Leningradi_Edasi_toimetus, lk 215
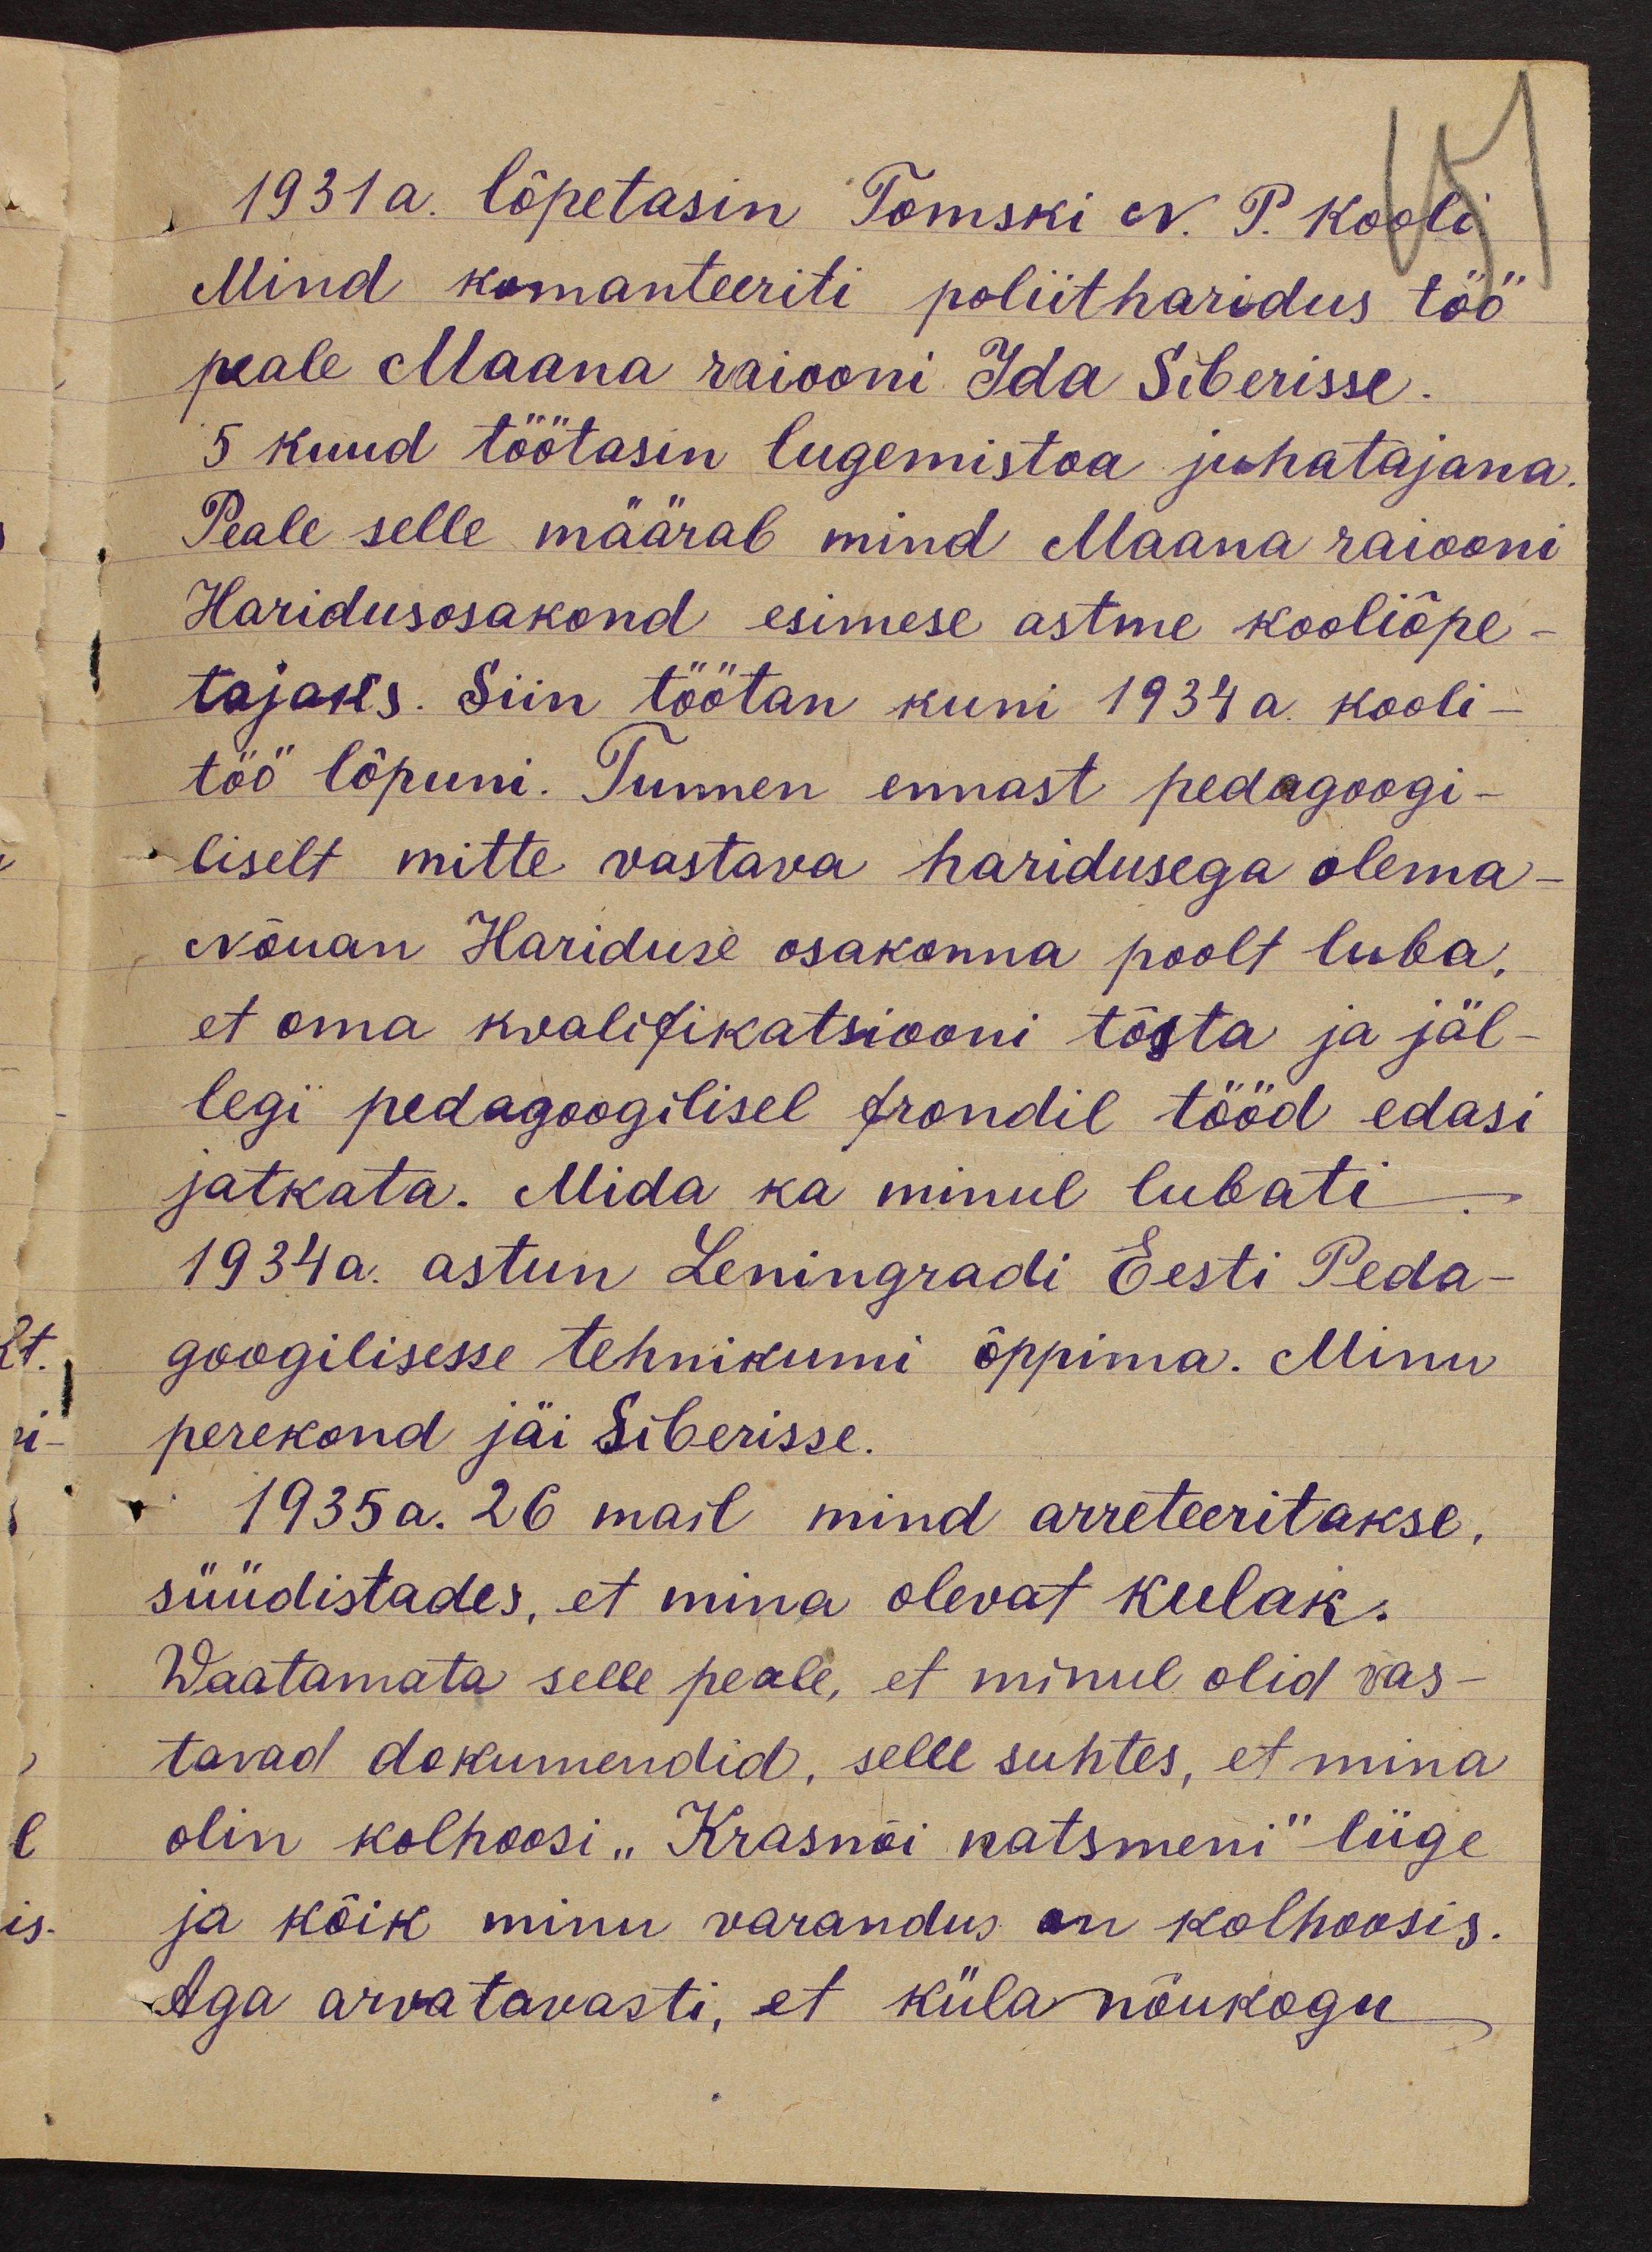
1931 a. lõpetasin Tomski N. P. Kooli
Mind komanteeriti poliitharidus töö
peale Maana raiooni Ida Siberisse
5 kuud töötasin lugemistoa juhatajana.
Peale selle määrab mind Maana raiooni
Haridusosakond esimese astme kooliõpe-
tajaks. Siin töötan kuni 1934 a. kooli-
töö lõpuni. Tunnen ennast pedagoogi-
liselt mitte vastava haridusega olema-
Nõuan Hariduse osakonna poolt luba,
et oma kvalifikatsiooni tõsta ja jäl-
legi pedagoogilisel frondil tööd edasi
jatkata. Mida ka minul lubati.
1934 a. astun Leningradi Eesti Peda-
googilisesse tehnikumi õppima. Minu
perekond jäi Siberisse.
1935 a. 26 mail mind arreteeritakse.
süüdistades, et mina olevat kulak.
Waatamata selle peale, et minul olid vas-
tavad dokumendid, selle suhtes, et mina
olin kolhoosi "Krasnõi natsmeni" liige
ja kõik minu varandus on kolhoosis.
Aga arvatavasti, et küla nõukogu